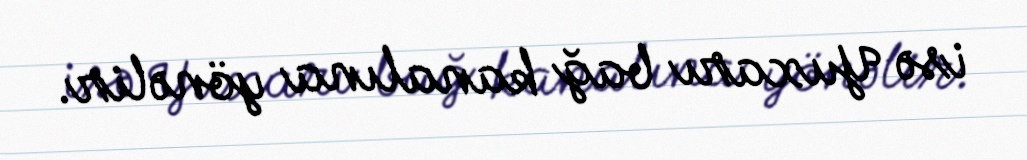
isə Yuxarı bağ kanalına yönəlir.